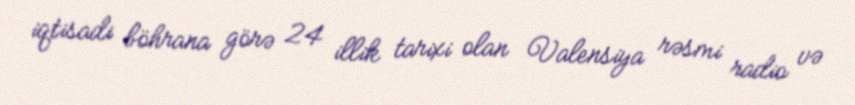
iqtisadi böhrana görə 24 illik tarixi olan Valensiya rəsmi radio və